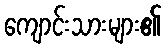
ကျောင်းသားများ၏